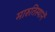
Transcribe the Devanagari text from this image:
मारुतिस्थानें